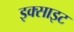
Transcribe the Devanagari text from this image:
इक्साइट